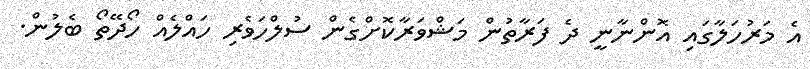
އެ މަރުހަލާގައި އޮންނާނީ ދެ ފަރާތުން މަޝްވަރާކޮށްގެން ސުލްހަވެރި ހައްލެއް ހޯދޭތޯ ބެލުން.